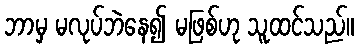
ဘာမှ မလုပ်ဘဲနေ၍ မဖြစ်ဟု သူထင်သည်။